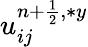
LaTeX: u_{ij}^{{n+\frac{1}{2}},\ast y}